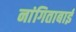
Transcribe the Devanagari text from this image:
नांगिताबाई